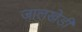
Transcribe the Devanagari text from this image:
जालखेडी